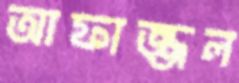
আফাজ্জল